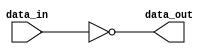
//============================================================================//
//                                                                            //
//      Logical Bitwise Inverter                                              //
//                                                                            //
//      Module name: inverter                                                 //
//      Desc: parameterised logical bitwise inverter                          //
//      Developer: Wesley New                                                 //
//      Licence: GNU General Public License ver 3                             //
//      Notes: not a very complex module                                      //
//                                                                            //
//============================================================================//

module inverter #(
      //=============
      // Parameters
      //=============
      parameter DATA_WIDTH = 32
   ) (
      //============
      // I/O Ports
      //============
      input  [DATA_WIDTH-1:0] data_in,
      output [DATA_WIDTH-1:0] data_out
   );

   assign data_out = ~data_in;

endmodule